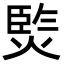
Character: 𭵧